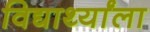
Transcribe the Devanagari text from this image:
विद्यार्थ्यांला